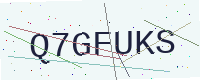
Text: Q7GFUKS